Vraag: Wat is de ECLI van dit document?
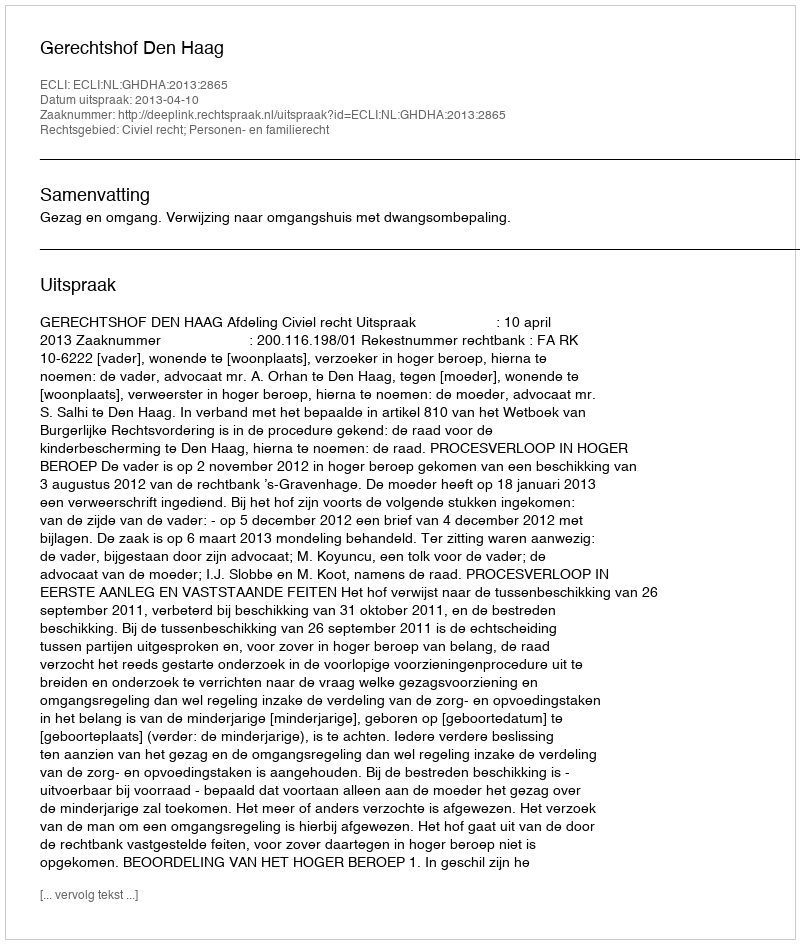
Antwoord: ECLI:NL:GHDHA:2013:2865